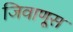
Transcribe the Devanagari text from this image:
जिवाणूस